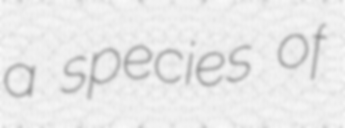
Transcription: a species of